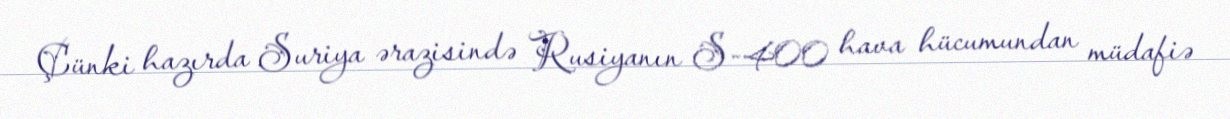
Çünki hazırda Suriya ərazisində Rusiyanın S-400 hava hücumundan müdafiə